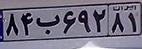
۸۴ب۶۹۲۸۱